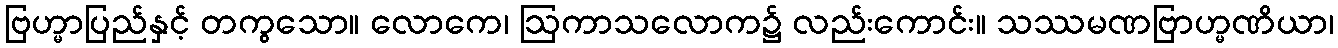
ဗြဟ္မာပြည်နှင့် တကွသော။ လောကေ၊ ဩကာသလောက၌ လည်းကောင်း။ သဿမဏဗြာဟ္မဏိယာ၊